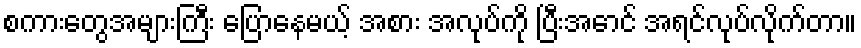
စကားတွေအများကြီး ပြောနေမယ့် အစား အလုပ်ကို ပြီးအောင် အရင်လုပ်လိုက်တာ။